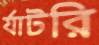
র‍্যাটরি